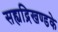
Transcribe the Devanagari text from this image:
सह्यद्रिखण्डके